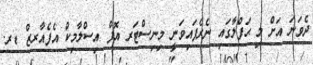
ދެވަނަ އަށް މި ޙަފްލާގައި ނެރެފައިވަނީ މިނިސްޓަރ އޮފް އިސްލާމިކް އެފެއާރޒް ޑރ.